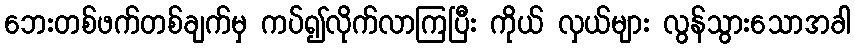
ဘေးတစ်ဖက်တစ်ချက်မှ ကပ်၍လိုက်လာကြပြီး ကိုယ် လှယ်များ လွန်သွားသောအခါ